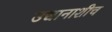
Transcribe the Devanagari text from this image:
उद्यानाशीच